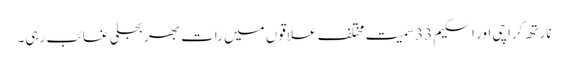
نارتھ کراچی اور اسکیم 33 سمیت مختلف علاقوں میں رات بھر بجلی غائب رہی۔